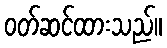
ဝတ်ဆင်ထားသည်။